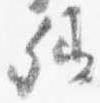
卿